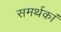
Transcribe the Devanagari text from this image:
समर्थकां